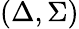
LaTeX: \left(\Delta,\Sigma\right)